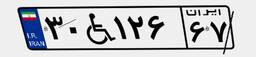
۳۰W۱۲۶۶۷